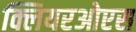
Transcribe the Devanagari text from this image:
क्लियरओएस